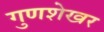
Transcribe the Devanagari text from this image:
गुणशेखर